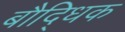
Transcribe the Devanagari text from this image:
बौदि्धक